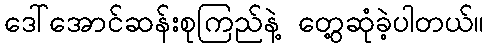
ဒေါ်အောင်ဆန်းစုကြည်နဲ့ တွေ့ဆုံခဲ့ပါတယ်။